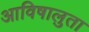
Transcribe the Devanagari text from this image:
आविषालुता